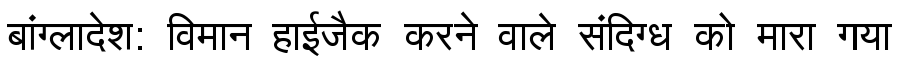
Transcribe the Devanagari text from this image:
बांग्लादेश: विमान हाईजैक करने वाले संदिग्ध को मारा गया